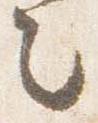
之